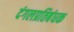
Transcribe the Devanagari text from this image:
दंगलप्रतिबंधक